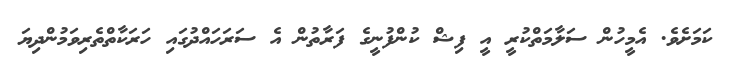
ކަމަށެވެ. އެމީހުން ސަލާމަތްކުރީ އީ ފިޝް ކުންފުނީގެ ފަރާތުން އެ ސަރަހައްދުގައި ހަރަކާތްތެރިވަމުންދިޔަ